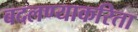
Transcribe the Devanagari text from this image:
बदलण्याकरिता